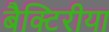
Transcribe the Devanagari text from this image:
बैक्टिरीया